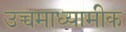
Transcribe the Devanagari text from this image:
उच्चमाध्यामीक